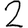
Digit: 2